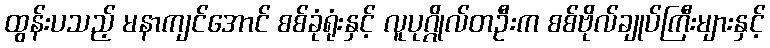
ထွန်းပသည့် မနာကျင်အောင် စစ်ခုံရုံးနှင့် လူပုဂ္ဂိုလ်တဦးက စစ်ဗိုလ်ချုပ်ကြီးများနှင့်